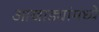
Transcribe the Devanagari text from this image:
आखाड्यांमध्ये